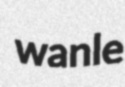
wanle